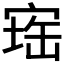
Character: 𪧕